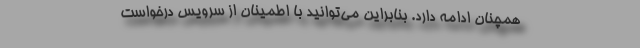
همچنان ادامه دارد. بنابراین می‌توانید با اطمینان از سرویس درخواست